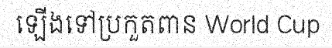
ឡើងទៅប្រកួតពាន World Cup